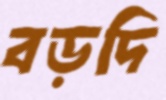
বড়দি